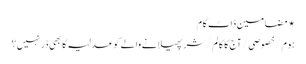
⋆ مضامین ڈاٹ کام
ہوم/خصوصی/آج کا کالم/شر پھیلانے والے کو عدلیہ کا بھی ڈر نہیں؟